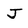
Character: J